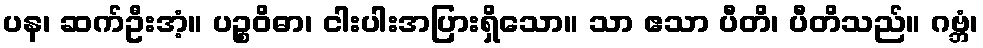
ပန၊ ဆက်ဦးအံ့။ ပဉ္စဝိဓာ၊ ငါးပါးအပြားရှိသော။ သာ ဧသာ ပီတိ၊ ပီတိသည်။ ဂဗ္ဘံ၊